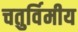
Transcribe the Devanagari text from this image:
चतुर्विमीय